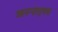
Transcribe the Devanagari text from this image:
आनन्दानुभव